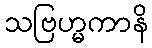
သဗြဟ္မကာနိ